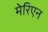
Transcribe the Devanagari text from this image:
मेरिएन